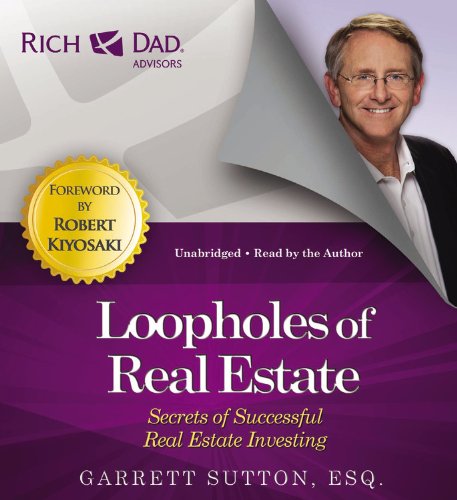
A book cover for Rich Dad Advisors: Loopholes of Real Estate: Secrets of Successful Real Estate Investing; Garrett Sutton; Business & Money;